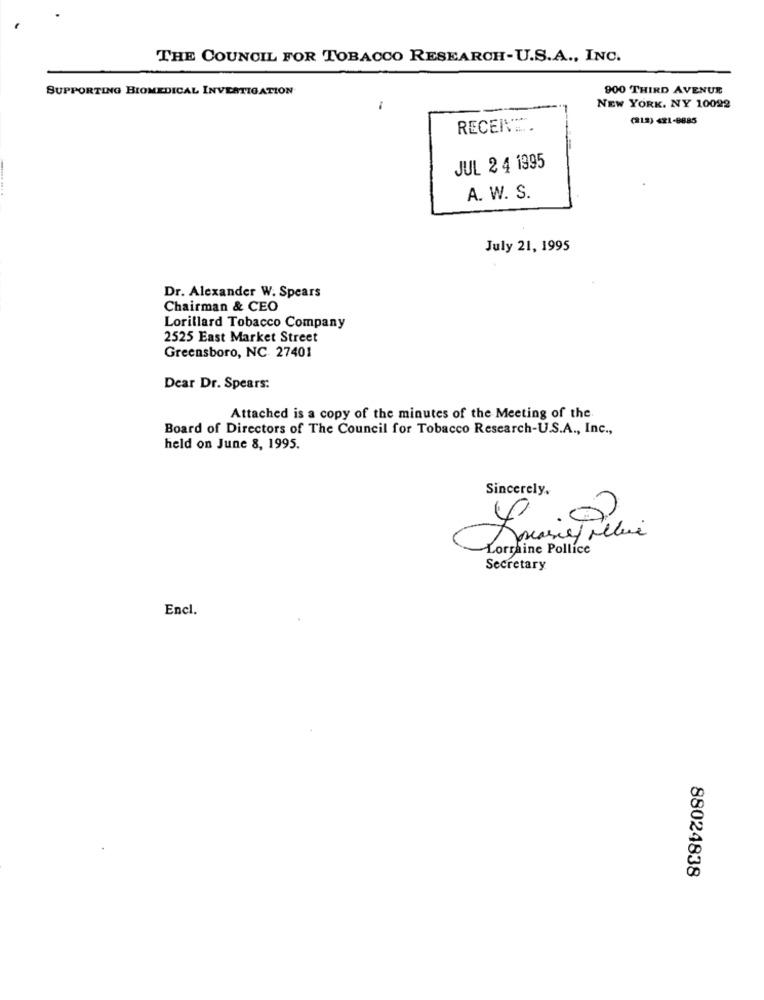
THE COUNCIL FOR TOBACCO RESEARCH-U.S.A ., INC.
SUPPORTING BIOMEDICAL INVESTIGATION
900 THIRD AVENUE
NEW YORK, NY 10092
(218) 421-8885
RECER' ....
JUL 2 4 1995
A. W. S.
July 21, 1995
Dr. Alexander W. Spears
Chairman & CEO
Lorillard Tobacco Company
2525 East Market Street
Greensboro, NC 27401
Dear Dr. Spears:
Attached is a copy of the minutes of the Meeting of the
Board of Directors of The Council for Tobacco Research-U.S.A ., Inc .,
held on June 8, 1995.
Sincerely,
Lorraine Pollice
Secretary
Encl.
88024838